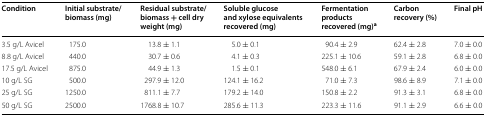
| Condition | Initial substrate/ biomass (mg) | Residual substrate/biomass + cell dry weight (mg) | Soluble glucose and xylose equivalents recovered (mg) | Fermentation products recovered (mg)a | Carbon recovery (%) | Final pH |
 | --- | --- | --- | --- | --- | --- | --- |
 | 3.5 g/L Avicel | 175.0 | 13.8 ± 1.1 | 5.0 ± 0.1 | 90.4 ± 2.9 | 62.4 ± 2.8 | 7.0 ± 0.0 |
 | 8.8 g/L Avicel | 440.0 | 30.7 ± 0.6 | 4.1 ± 0.3 | 225.1 ± 10.6 | 59.1 ± 2.8 | 6.8 ± 0.0 |
 | 17.5 g/L Avicel | 875.0 | 44.9 ± 1.3 | 1.5 ± 0.1 | 548.0 ± 6.1 | 67.9 ± 2.4 | 6.0 ± 0.0 |
 | 10 g/L SG | 500.0 | 297.9 ± 12.0 | 124.1 ± 16.2 | 71.0 ± 7.3 | 98.6 ± 8.9 | 7.1 ± 0.0 |
 | 25 g/L SG | 1250.0 | 811.1 ± 7.7 | 179.2 ± 14.0 | 150.8 ± 2.2 | 91.3 ± 3.1 | 6.8 ± 0.0 |
 | 50 g/L SG | 2500.0 | 1768.8 ± 10.7 | 285.6 ± 11.3 | 223.3 ± 11.6 | 91.1 ± 2.9 | 6.6 ± 0.0 |